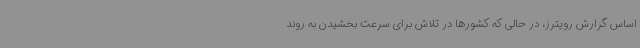
اساس گزارش رویترز، در حالی که کشورها در تلاش برای سرعت بخشیدن به روند